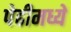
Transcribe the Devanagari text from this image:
पेढीमध्ये